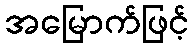
အမြောက်ဖြင့်